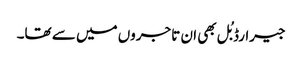
جیرارڈ بُل بھی ان تاجروں میں سے تھا۔